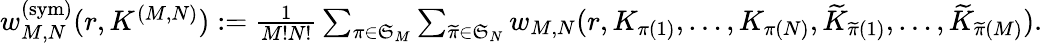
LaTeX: \begin{array}{r}{w_{M,N}^{(\mathrm{sym})}(r,K^{(M,N)}):=\frac{1}{M!N!}\sum_{\pi\in\mathfrak{S}_{M}}\sum_{\widetilde{\pi}\in\mathfrak{S}_{N}}{w}_{M,N}(r,K_{\pi(1)},\ldots,K_{\pi(N)},\widetilde{K}_{\widetilde{\pi}(1)},\ldots,\widetilde{K}_{\widetilde{\pi}(M)}).}\end{array}